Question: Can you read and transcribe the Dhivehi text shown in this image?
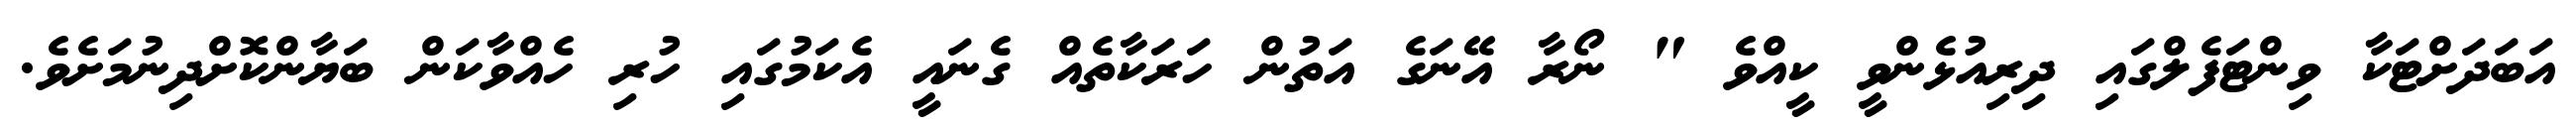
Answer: އަބަދަށްޓަކާ ވިންޓަފެލްގައި ދިރިއުޅެންވީ ކީއްވެ " ނޯރާ އޭނަގެ އަތުން ހަރަކާތެއް ގެނައީ އެކަމުގައި ހުރި ހެއްވާކަން ބަޔާންކޮށްދިނުމަށެވެ.